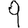
Digit: 9